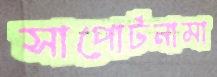
সাপোর্টনামা